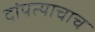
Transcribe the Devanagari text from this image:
दांपत्याचाच